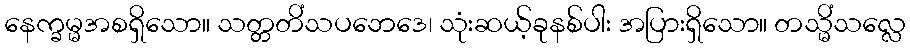
နေက္ခမ္မအစရှိသော။ သတ္တတိံသပဘေဒေ၊ သုံးဆယ့်ခုနစ်ပါး အပြားရှိသော။ တသ္မိံသလ္လေ